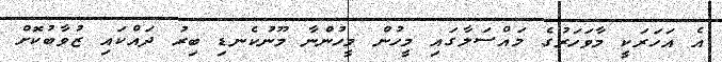
އެ އަހަރަކީ މާވަހަރުގެ މައްސަލާގައި މީހުން މީހުންނާ މޫނުކެނޑި ބިރު ދައްކައި ޒުވާބުކޮށް